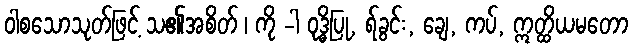
ဝါစသောသုတ်ဖြင့် သ၏အစိတ် ၊ ကို -ါ ဝုဒ္ဓိပြု, ရ်ခွင်း, ချေ, ကပ်, ဣတ္ထိယမတော